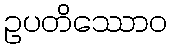
ဥပတိဿောဝ